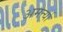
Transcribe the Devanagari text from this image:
अमर्त्या